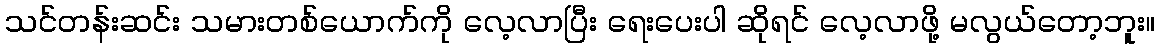
သင်တန်းဆင်း သမားတစ်ယောက်ကို လေ့လာပြီး ရေးပေးပါ ဆိုရင် လေ့လာဖို့ မလွယ်တော့ဘူး။